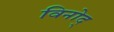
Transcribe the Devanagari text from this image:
विनोद्